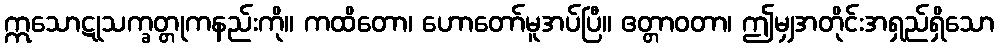
ဣသောဋုသက္ခတ္တုကနည်းကို။ ကထိတော၊ ဟောတော်မူအပ်ပြီ။ ဧတ္တာဝတာ၊ ဤမျှအတိုင်းအရှည်ရှိသော